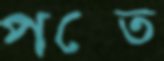
পস্তে